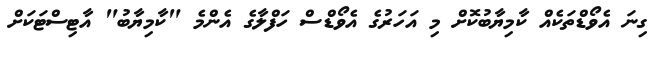
ގިނަ އެވޯޑްތަކެއް ކާމިޔާބުކޮށް މި އަހަރުގެ އެވޯޑްސް ހަފްލާގެ އެންމެ "ކާމިޔާބު" އާޓިސްޓަކަށް